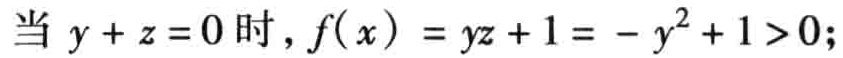
当 \(y + z = 0\) 时，\(f(x)=yz + 1=-y^{2}+1>0\);